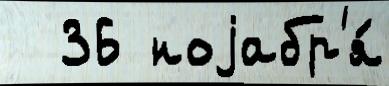
  36 ноjабр'я́